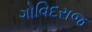
ગોવિદરાજ